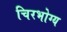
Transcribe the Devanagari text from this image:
चिरभोग्य